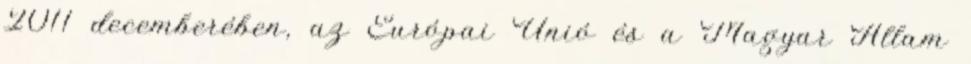
2011 decemberében, az Európai Unió és a Magyar Állam